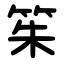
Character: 䇬